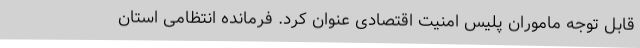
قابل توجه ماموران پلیس امنیت اقتصادی عنوان کرد. فرمانده انتظامی استان